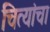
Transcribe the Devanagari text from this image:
चित्यांचा